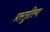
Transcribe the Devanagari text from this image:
प्रस्तुतिया